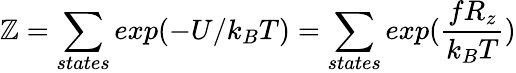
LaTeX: \mathbb{Z}=\sum_{states}exp(-U/k_{B}T)=\sum_{states}exp({\frac{{fR_{z}}}{{k_{B}T}}})